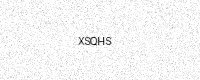
Text: XSQHS